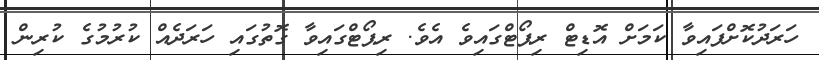
ހަރަދުކޮށްފައިވާ ކަމަށް އޮޑިޓް ރިޕޯޓްގައިވެ އެވެ. ރިޕޯޓްގައިވާ ގޮތުގައި ހަރަދެއް ކުރުމުގެ ކުރިން